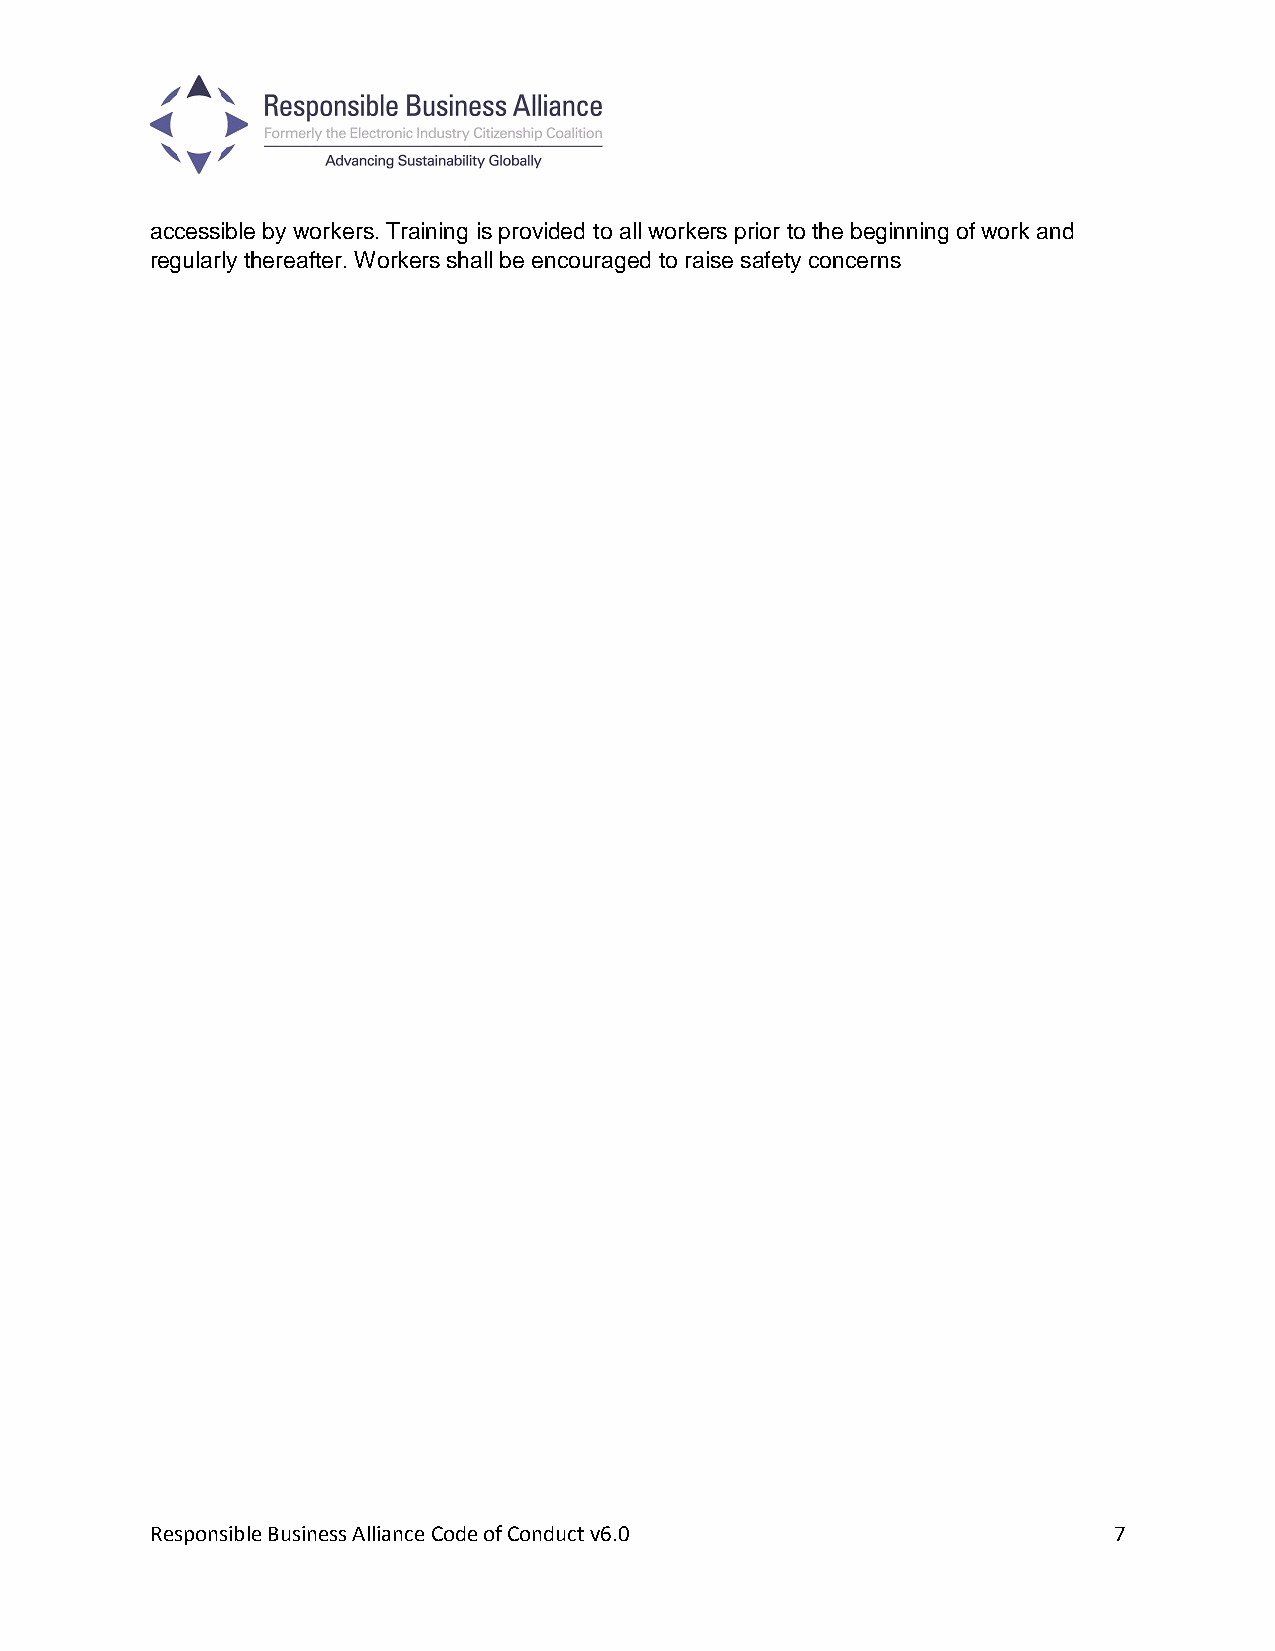
accessible by workers. Training is provided to all workers prior to the beginning of work and
 regularly thereafter. Workers shall be encouraged to raise safety concerns
 Responsible Business Alliance Code of Conduct v6.0              7